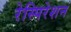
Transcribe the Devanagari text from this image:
रेस्पिरेशन